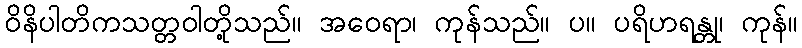
ဝိနိပါတိကသတ္တဝါတို့သည်။ အဝေရာ၊ ကုန်သည်။ ပ။ ပရိဟရန္တု၊ ကုန်။